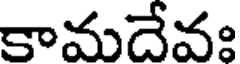
కామదేవః